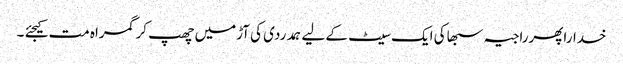
خداراپھرراجیہ سبھاکی ایک سیٹ کے لیے ہمدردی کی آڑمیں چھپ کر گمراہ مت کیجئے ۔